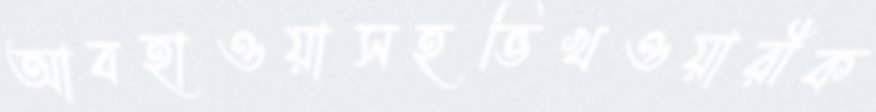
আবহাওয়াসহভিখওয়ারীক